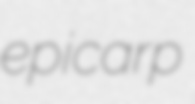
epicarp